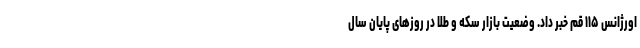
اورژانس ۱۱۵ قم خبر داد. وضعیت بازار سکه و طلا در روزهای پایان سال